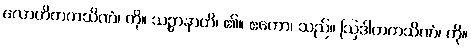
လောဟိတကသိဏံ၊ ကို။ သဉ္ဇာနာတိ၊ ၏။ ဧကော၊ သည်။ ဩဒါတကသိဏံ၊ ကို။